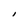
Character: I